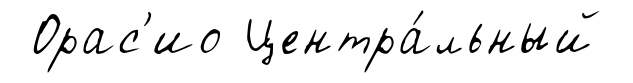
Орас'ио Центра́льный